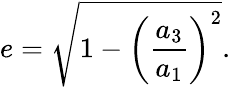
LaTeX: e=\sqrt{1-\left(\frac{a_{3}}{a_{1}}\right)^{2}}.